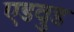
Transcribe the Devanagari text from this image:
एडवुड